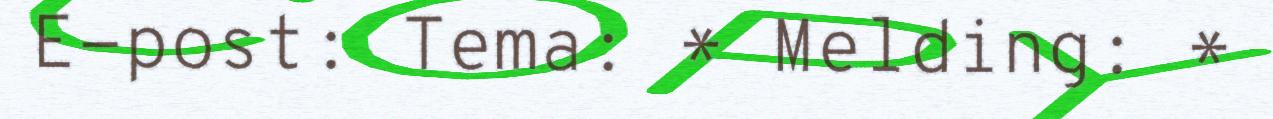
E-post: Tema: * Melding: *